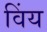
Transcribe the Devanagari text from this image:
विंय